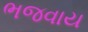
ભજવાય